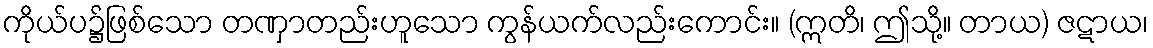
ကိုယ်ပ၌ဖြစ်သော တဏှာတည်းဟူသော ကွန်ယက်လည်းကောင်း။ (ဣတိ၊ ဤသို့။ တာယ) ဇဋာယ၊